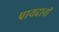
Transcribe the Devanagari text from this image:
पायदानों